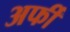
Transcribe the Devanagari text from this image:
अर्फी